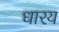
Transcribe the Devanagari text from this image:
धारय